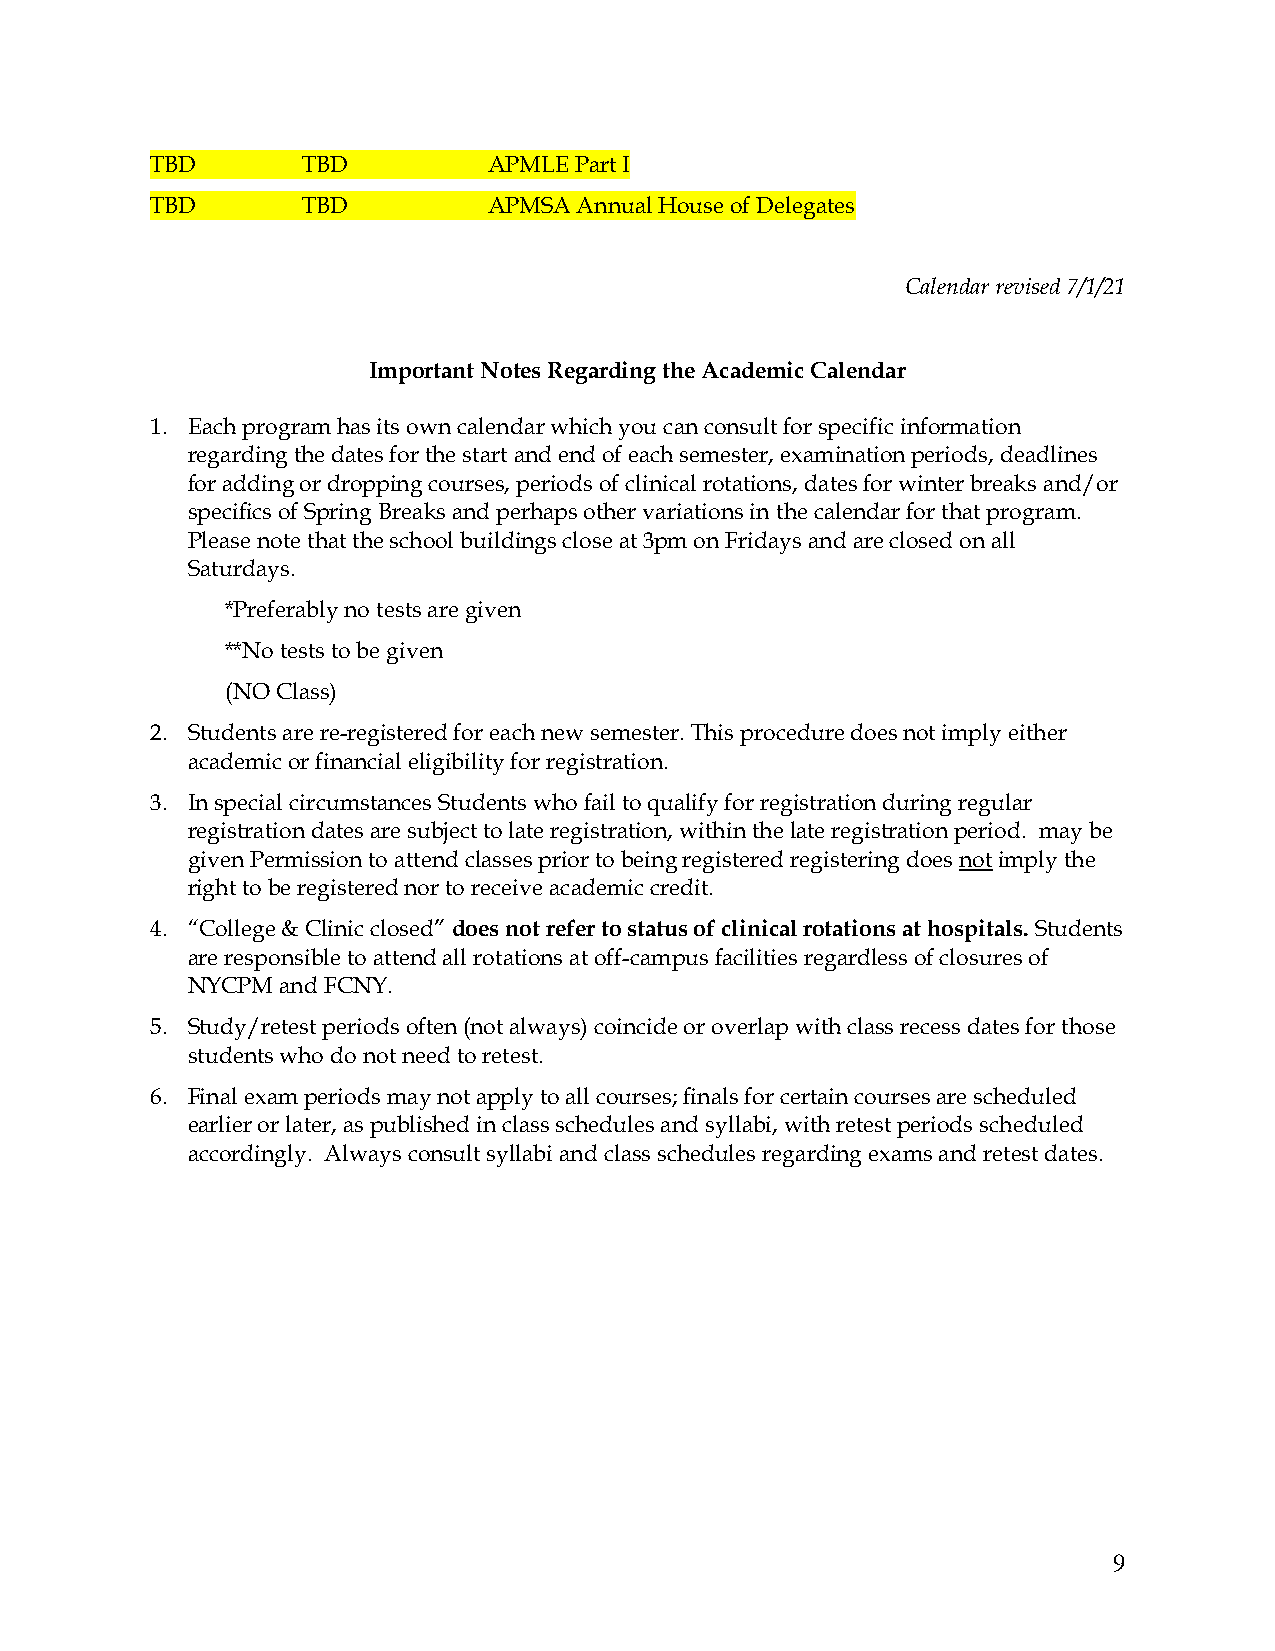
TBD       TBD         APMLE Part I
 TBD       TBD         APMSA Annual House of Delegates
 Calendar revised 7/1/21
 Important Notes Regarding the Academic Calendar
 1. Each program has its own calendar which you can consult for specific information
 regarding the dates for the start and end of each semester, examination periods, deadlines
 for adding or dropping courses, periods of clinical rotations, dates for winter breaks and/or
 specifics of Spring Breaks and perhaps other variations in the calendar for that program.
 Please note that the school buildings close at 3pm on Fridays and are closed on all
 Saturdays.
 *Preferably no tests are given
 **No tests to be given
 (NO Class)
 2. Students are re-registered for each new semester. This procedure does not imply either
 academic or financial eligibility for registration.
 3. In special circumstances Students who fail to qualify for registration during regular
 registration dates are subject to late registration, within the late registration period. may be
 given Permission to attend classes prior to being registered registering does not imply the
 right to be registered nor to receive academic credit.
 4. “College & Clinic closed” does not refer to status of clinical rotations at hospitals. Students
 are responsible to attend all rotations at off-campus facilities regardless of closures of
 NYCPM  and FCNY.
 5. Study/retest periods often (not always) coincide or overlap with class recess dates for those
 students who do not need to retest.
 6. Final exam periods may not apply to all courses; finals for certain courses are scheduled
 earlier or later, as published in class schedules and syllabi, with retest periods scheduled
 accordingly. Always consult syllabi and class schedules regarding exams and retest dates.
 9